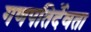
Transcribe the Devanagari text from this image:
गणपतिर्देवता